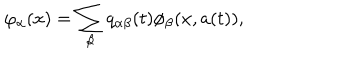
\varphi _ { \alpha } ( x ) = \sum _ { \beta } q _ { \alpha \beta } ( t ) \phi _ { \beta } ( x , a ( t ) ) ,